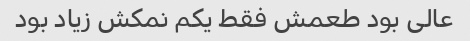
عالی بود طعمش فقط یکم نمکش زیاد بود